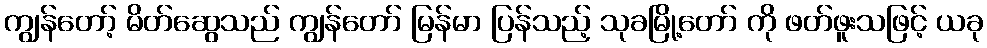
ကျွန်တော့် မိတ်ဆွေသည် ကျွန်တော် မြန်မာ ပြန်သည့် သုခမြို့တော် ကို ဖတ်ဖူးသဖြင့် ယခု